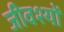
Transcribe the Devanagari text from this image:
जीवश्यों